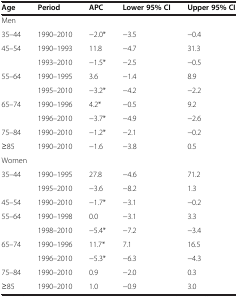
<table><thead><tr><td><b>Age</b></td><td><b>Period</b></td><td><b>APC</b></td><td><b>Lower 95% CI</b></td><td><b>Upper 95% CI</b></td></tr></thead><tbody><tr><td colspan="5">Men</td></tr><tr><td>35–44</td><td>1990–2010</td><td>-2.0*</td><td>-3.5</td><td>-0.4</td></tr><tr><td rowspan="2">45–54</td><td>1990–1993</td><td>11.8</td><td>-4.7</td><td>31.3</td></tr><tr><td>1993–2010</td><td>-1.5*</td><td>-2.5</td><td>-0.5</td></tr><tr><td rowspan="2">55–64</td><td>1990–1995</td><td>3.6</td><td>-1.4</td><td>8.9</td></tr><tr><td>1995–2010</td><td>-3.2*</td><td>-4.2</td><td>-2.2</td></tr><tr><td rowspan="2">65–74</td><td>1990–1996</td><td>4.2*</td><td>-0.5</td><td>9.2</td></tr><tr><td>1996–2010</td><td>-3.7*</td><td>-4.9</td><td>-2.6</td></tr><tr><td>75–84</td><td>1990–2010</td><td>-1.2*</td><td>-2.1</td><td>-0.2</td></tr><tr><td>≥85</td><td>1990–2010</td><td>-1.6</td><td>-3.8</td><td>0.5</td></tr><tr><td colspan="5">Women</td></tr><tr><td rowspan="2">35–44</td><td>1990–1995</td><td>27.8</td><td>-4.6</td><td>71.2</td></tr><tr><td>1995–2010</td><td>-3.6</td><td>-8.2</td><td>1.3</td></tr><tr><td>45–54</td><td>1990–2010</td><td>-1.7*</td><td>-3.1</td><td>-0.2</td></tr><tr><td rowspan="2">55–64</td><td>1990–1998</td><td>0.0</td><td>-3.1</td><td>3.3</td></tr><tr><td>1998–2010</td><td>-5.4*</td><td>-7.2</td><td>-3.4</td></tr><tr><td rowspan="2">65–74</td><td>1990–1996</td><td>11.7*</td><td>7.1</td><td>16.5</td></tr><tr><td>1996–2010</td><td>-5.3*</td><td>-6.3</td><td>-4.3</td></tr><tr><td>75–84</td><td>1990–2010</td><td>0.9</td><td>-2.0</td><td>0.3</td></tr><tr><td>≥85</td><td>1990–2010</td><td>1.0</td><td>-0.9</td><td>3.0</td></tr></tbody></table>